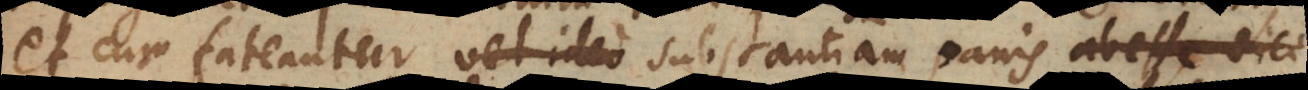
et cum fateantur vel ideo substantiam panis abesse dici